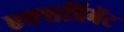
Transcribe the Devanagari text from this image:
एक्सप्रिमेंट